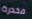
مخدرة